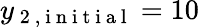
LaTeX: y_{\mathrm{~2~,~i~n~i~t~i~a~l~}}=10